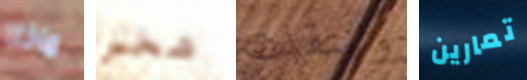
ماذا شخص وانتقلت تمارين